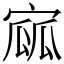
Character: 寙